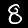
Digit: 8